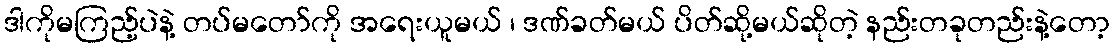
ဒါကိုမကြည့်ပဲနဲ့ တပ်မတော်ကို အရေးယူမယ် ၊ ဒဏ်ခတ်မယ် ပိတ်ဆို့မယ်ဆိုတဲ့ နည်းတခုတည်းနဲ့တော့